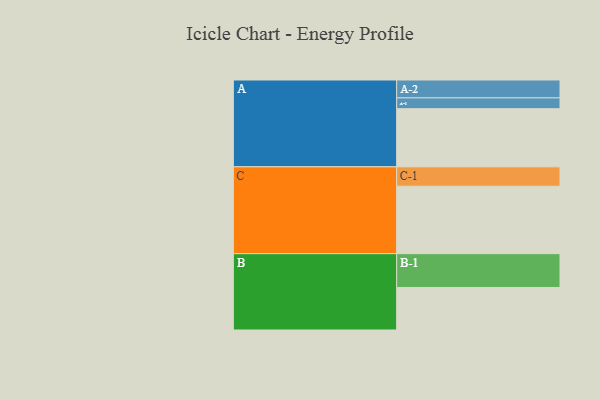
{"axis": {"x": "Segment", "y": "Value"}, "legend": ["", "A", "B", "C"], "data": [{"x": "A", "y": 432, "type": ""}, {"x": "B", "y": 316, "type": ""}, {"x": "C", "y": 501, "type": ""}, {"x": "A-1", "y": 80, "type": "A"}, {"x": "A-2", "y": 133, "type": "A"}, {"x": "B-1", "y": 251, "type": "B"}, {"x": "C-1", "y": 144, "type": "C"}]}